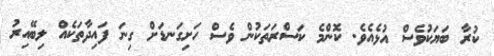
ކުރާ ބަޔަކުވެސް އުޅެއެވެ. ކޮންމެ ކަސްރަތަކުން ވެސް ހަށިގަނޑަށް ގިނަ ފައިދާތަކެއް ލިބޭއިރު